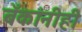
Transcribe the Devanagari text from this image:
बँकांनीही